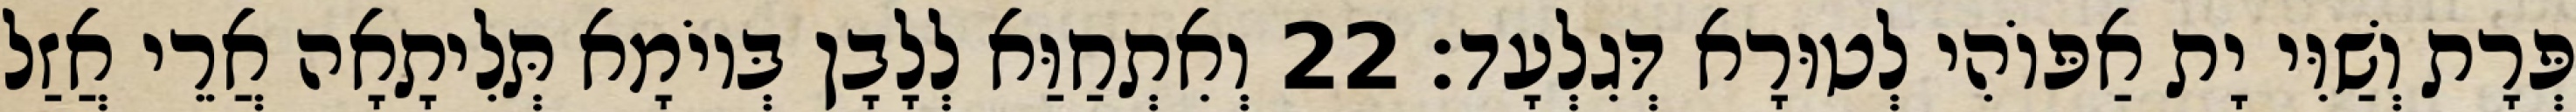
פְּרָת וְשַׁוִּי יָת אַפּוֹהִי לְטוּרָא דְּגִלְעָד׃ 22 וְאִתְחַוַּא לְלָבָן בְּיוֹמָא תְּלִיתָאָה אֲרֵי אֲזַל